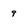
Character: 9